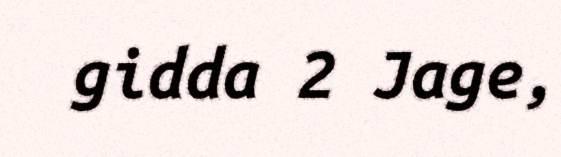
gidda 2 Jage,